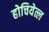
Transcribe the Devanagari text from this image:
होचियेत्ल